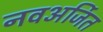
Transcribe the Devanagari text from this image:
नवअर्जित